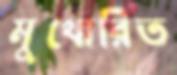
মুখোরিত